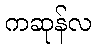
ကဆုန်လ